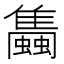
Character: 𧔰